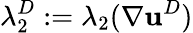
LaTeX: \lambda_{2}^{D}:=\lambda_{2}({\mathbf\nabla}{\mathbf u}^{D})